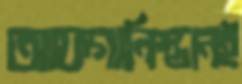
আফগানিস্তানই